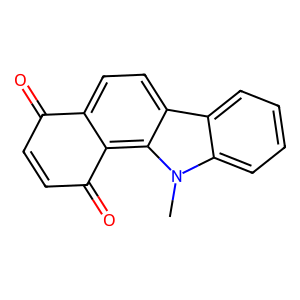
SMILES: Cn1c2ccccc2c2ccc3c(c21)C(=O)C=CC3=O
Inhibits HIV replication: No